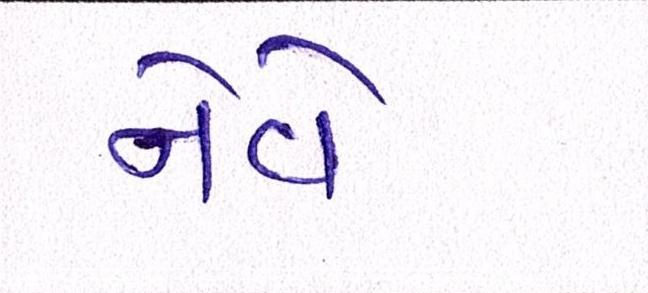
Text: નેવે